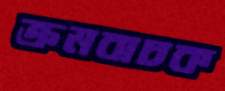
ক্রমবাচক